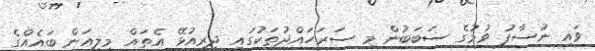
ވައި ނުސާފު ވުމުގެ ސަބަބުން މި ސަރަހައްދުތަކުގައި ދިރިއުޅޭ އެތައް މިލިއަން ބައެއްގެ